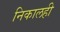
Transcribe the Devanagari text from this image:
निकालही